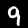
Digit: 9